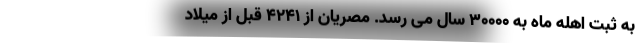
به ثبت اهله ماه به ۳۰۰۰۰ سال می رسد. مصریان از ۴۲۴۱ قبل از میلاد